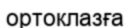
ортоклазға